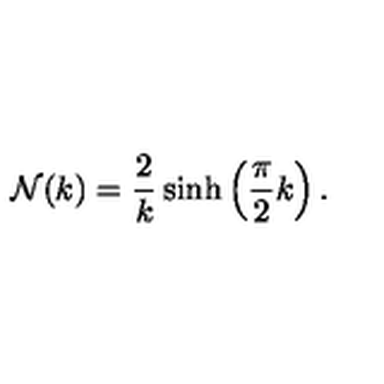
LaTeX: { \cal N } ( k ) = \frac { 2 } { k } \sinh \left( \frac { \pi } { 2 } k \right) .